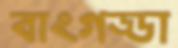
বাংগড্ডা